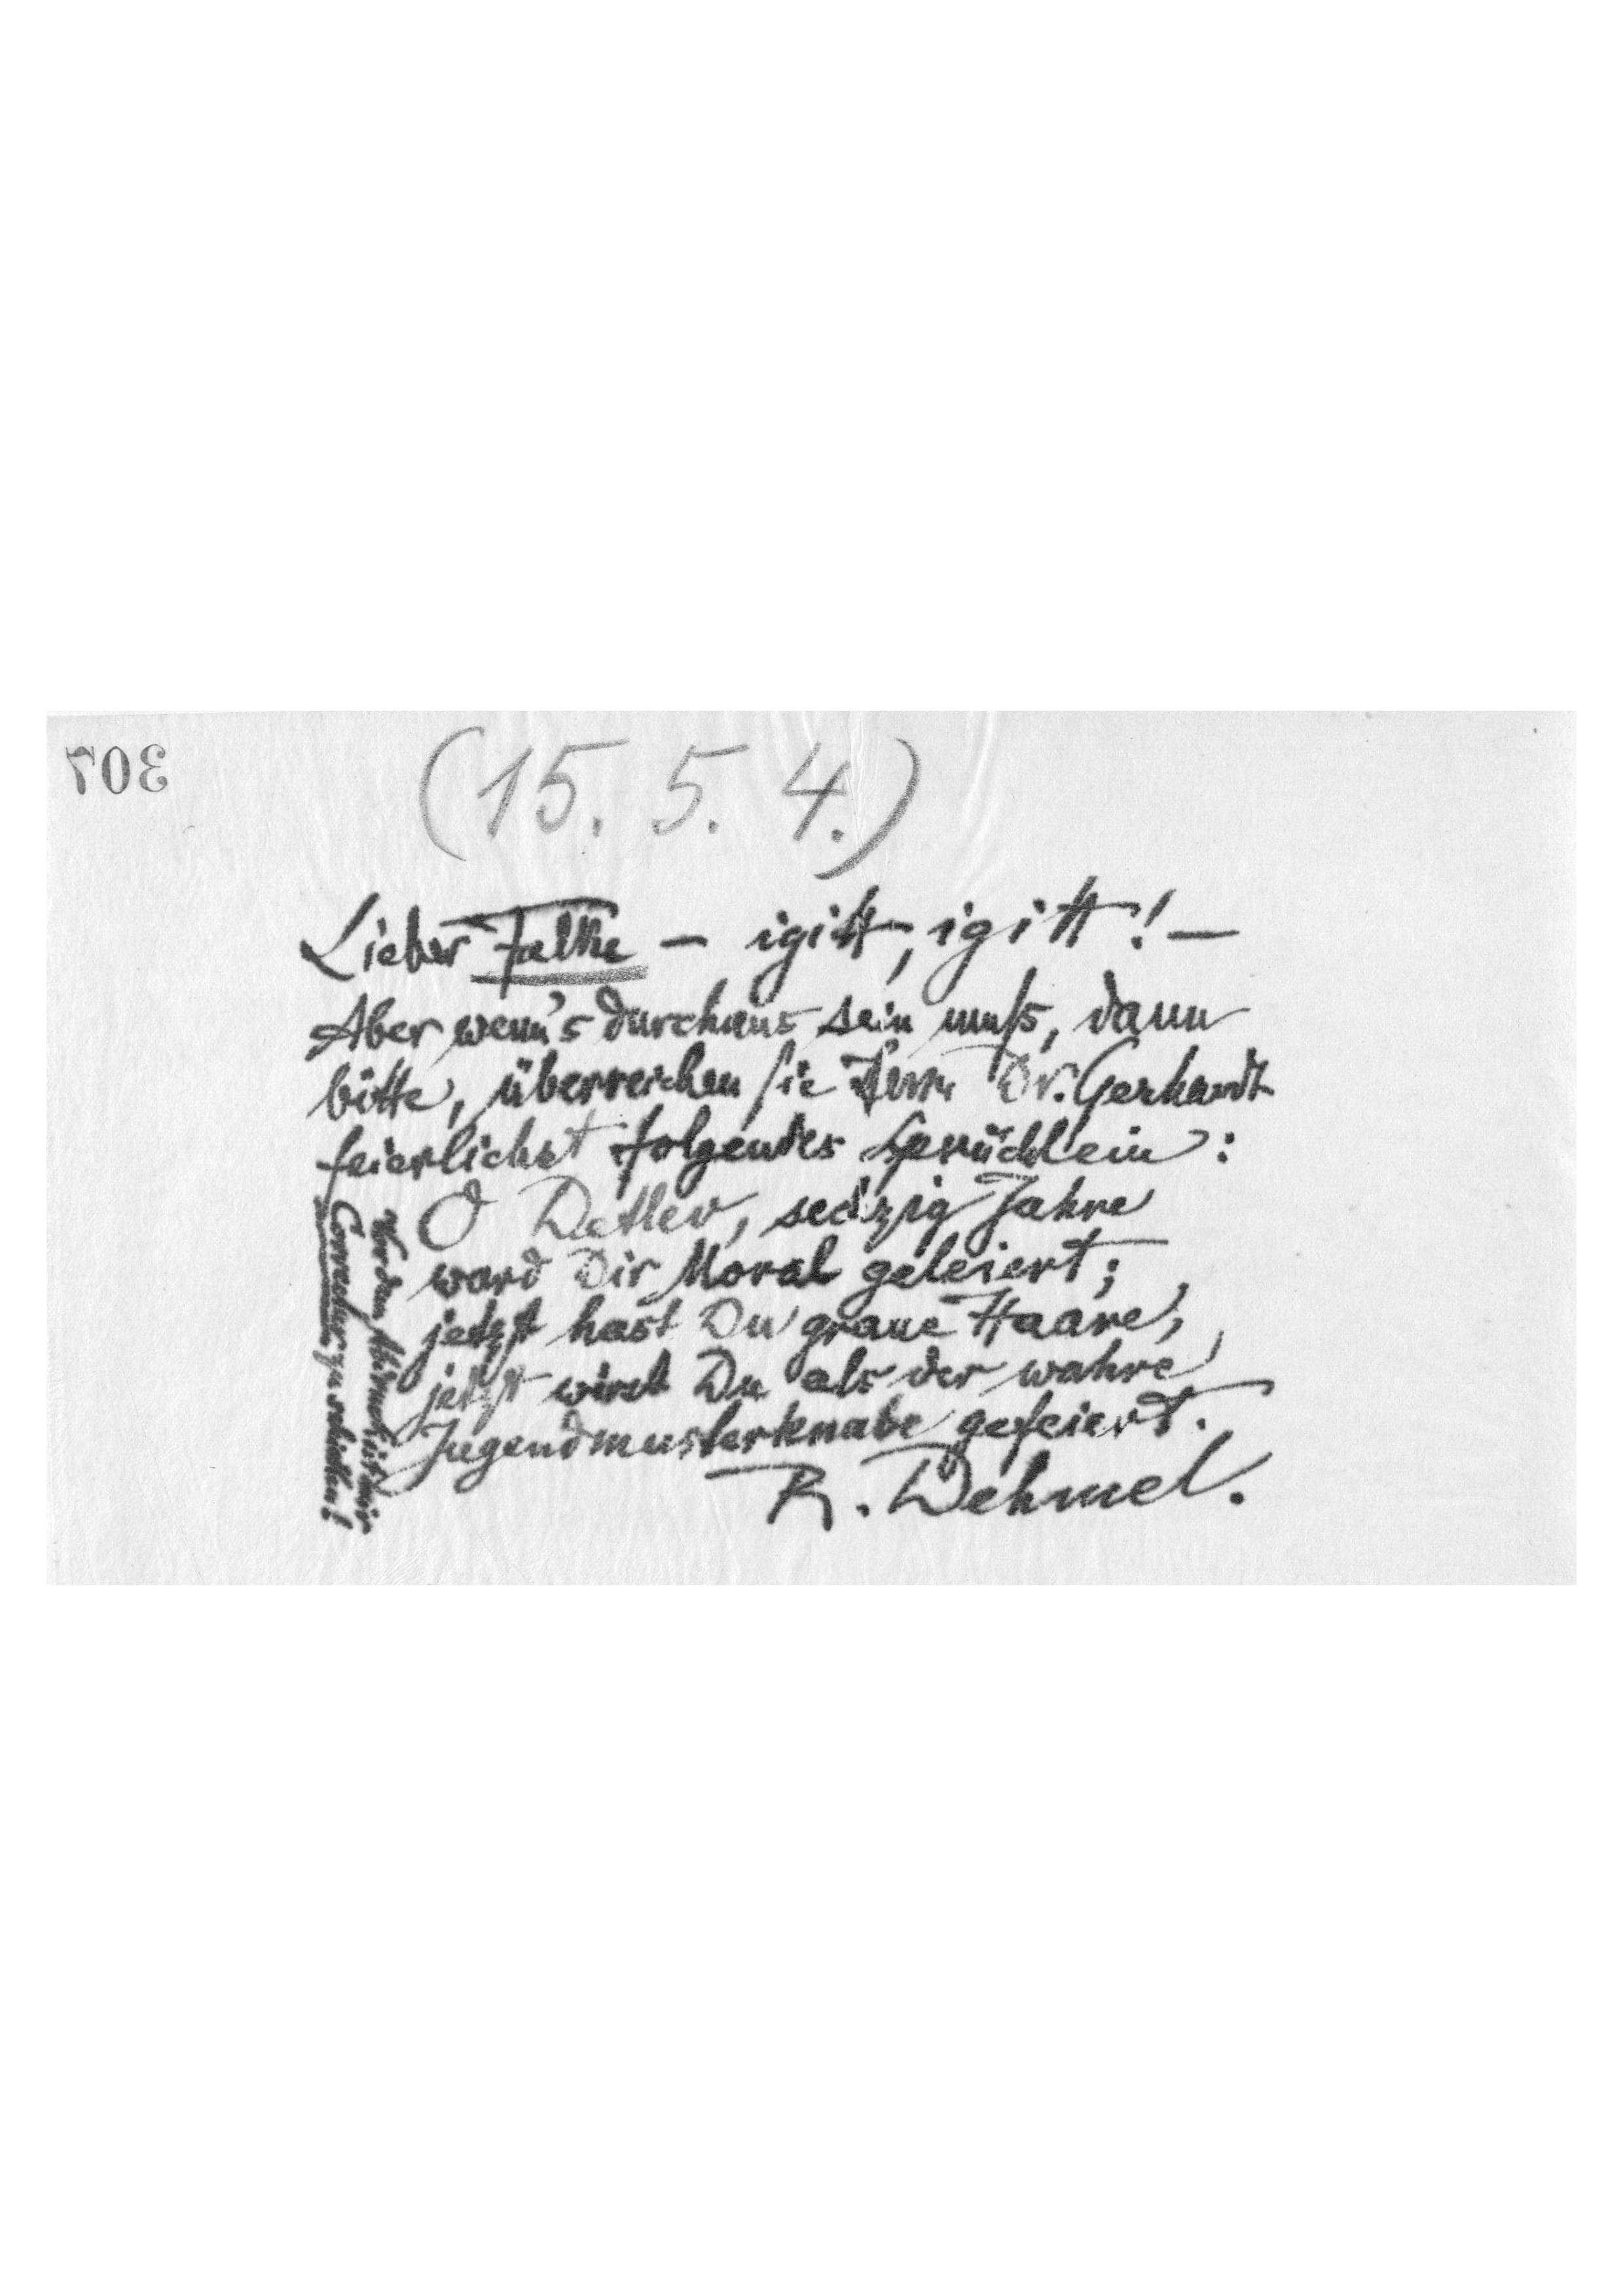
307

( 15. 5. 4. )
Lieber Falke - igitt, igitt ! -
Aber wenn's durchaus sein muß, dann
bitte, überreichen Sie Herrn Dr.Gerhardt
feierlichst folgendes Sprüchlein:
O Detlev, sechzig Jahre
ward Dir Moral geleiert;
jetzt hast Du graue Haare,
jetzt wirst Du als der wahre
Jugendmusterknabe gefeiert.
R. Dehmel.
Vor dem Abdruck ist mir
Correctur zu schicken!